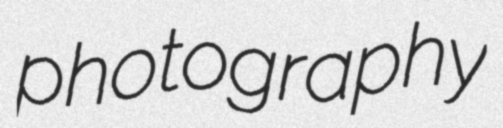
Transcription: photography